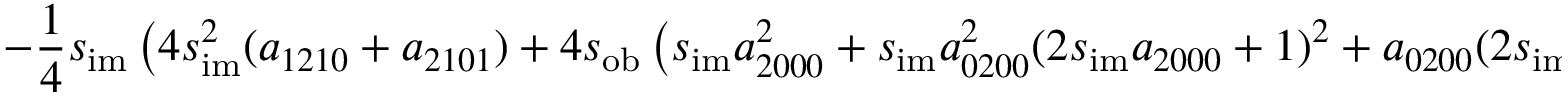
- \frac { 1 } { 4 } s _ { \mathrm { i m } } \left( 4 s _ { \mathrm { i m } } ^ { 2 } ( a _ { 1 2 1 0 } + a _ { 2 1 0 1 } ) + 4 s _ { \mathrm { o b } } \left( s _ { \mathrm { i m } } a _ { 2 0 0 0 } ^ { 2 } + s _ { \mathrm { i m } } a _ { 0 2 0 0 } ^ { 2 } ( 2 s _ { \mathrm { i m } } a _ { 2 0 0 0 } + 1 ) ^ { 2 } + a _ { 0 2 0 0 } ( 2 s _ { \mathrm { i m } } a _ { 2 0 0 0 } + 1 ) ^ { 2 } + a _ { 2 0 0 0 } \right) - 4 s _ { \mathrm { i m } } ( a _ { 0 2 2 0 } + a _ { 2 0 0 2 } ) + 1 \right)